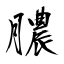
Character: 膿